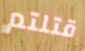
قتلتم